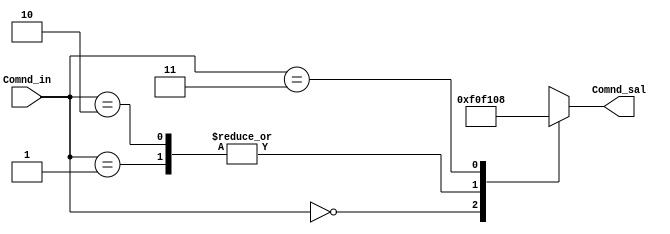
`timescale 1ns / 1ps
//////////////////////////////////////////////////////////////////////////////////
// Company: 
// Engineer: 
// 
// Design Name: 
// Module Name:    Comandos_RTC 
// Project Name: 
// Target Devices: 
// Tool versions: 
// Description: 
//
// Dependencies: 
//
// Revision: 
// Revision 0.01 - File Created
// Additional Comments: 
//
//////////////////////////////////////////////////////////////////////////////////
module Comandos_RTC(
    input [1:0] Comnd_in, // seal de seleccion
    output [7:0] Comnd_sal//comando de salida
    );
reg [7:0] Comnd_out;
always @(Comnd_in)
		case(Comnd_in)
			2'd0 : Comnd_out = 8'hf0;//tranferencia de parametros de reloj y timer
			2'd1 : Comnd_out = 8'hf1;//tranferencia de parametros de fechao reloj
			2'd2 : Comnd_out = 8'hf1;//tranferencia de parametros de fecha o reloj
			2'd3 : Comnd_out = 8'h08;//tranferencia de parametros de  timer
			default : Comnd_out = 8'h0f;
		endcase
assign Comnd_sal=Comnd_out;
endmodule